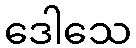
ဒေါသေ